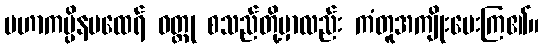
မဟာကပ္ပိနမထေရ် ဝတ္ထု စသည်တို့မှာလည်း ကံတူအကျိုးပေးကြ၏။